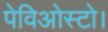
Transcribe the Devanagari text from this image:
पेविओस्टो।